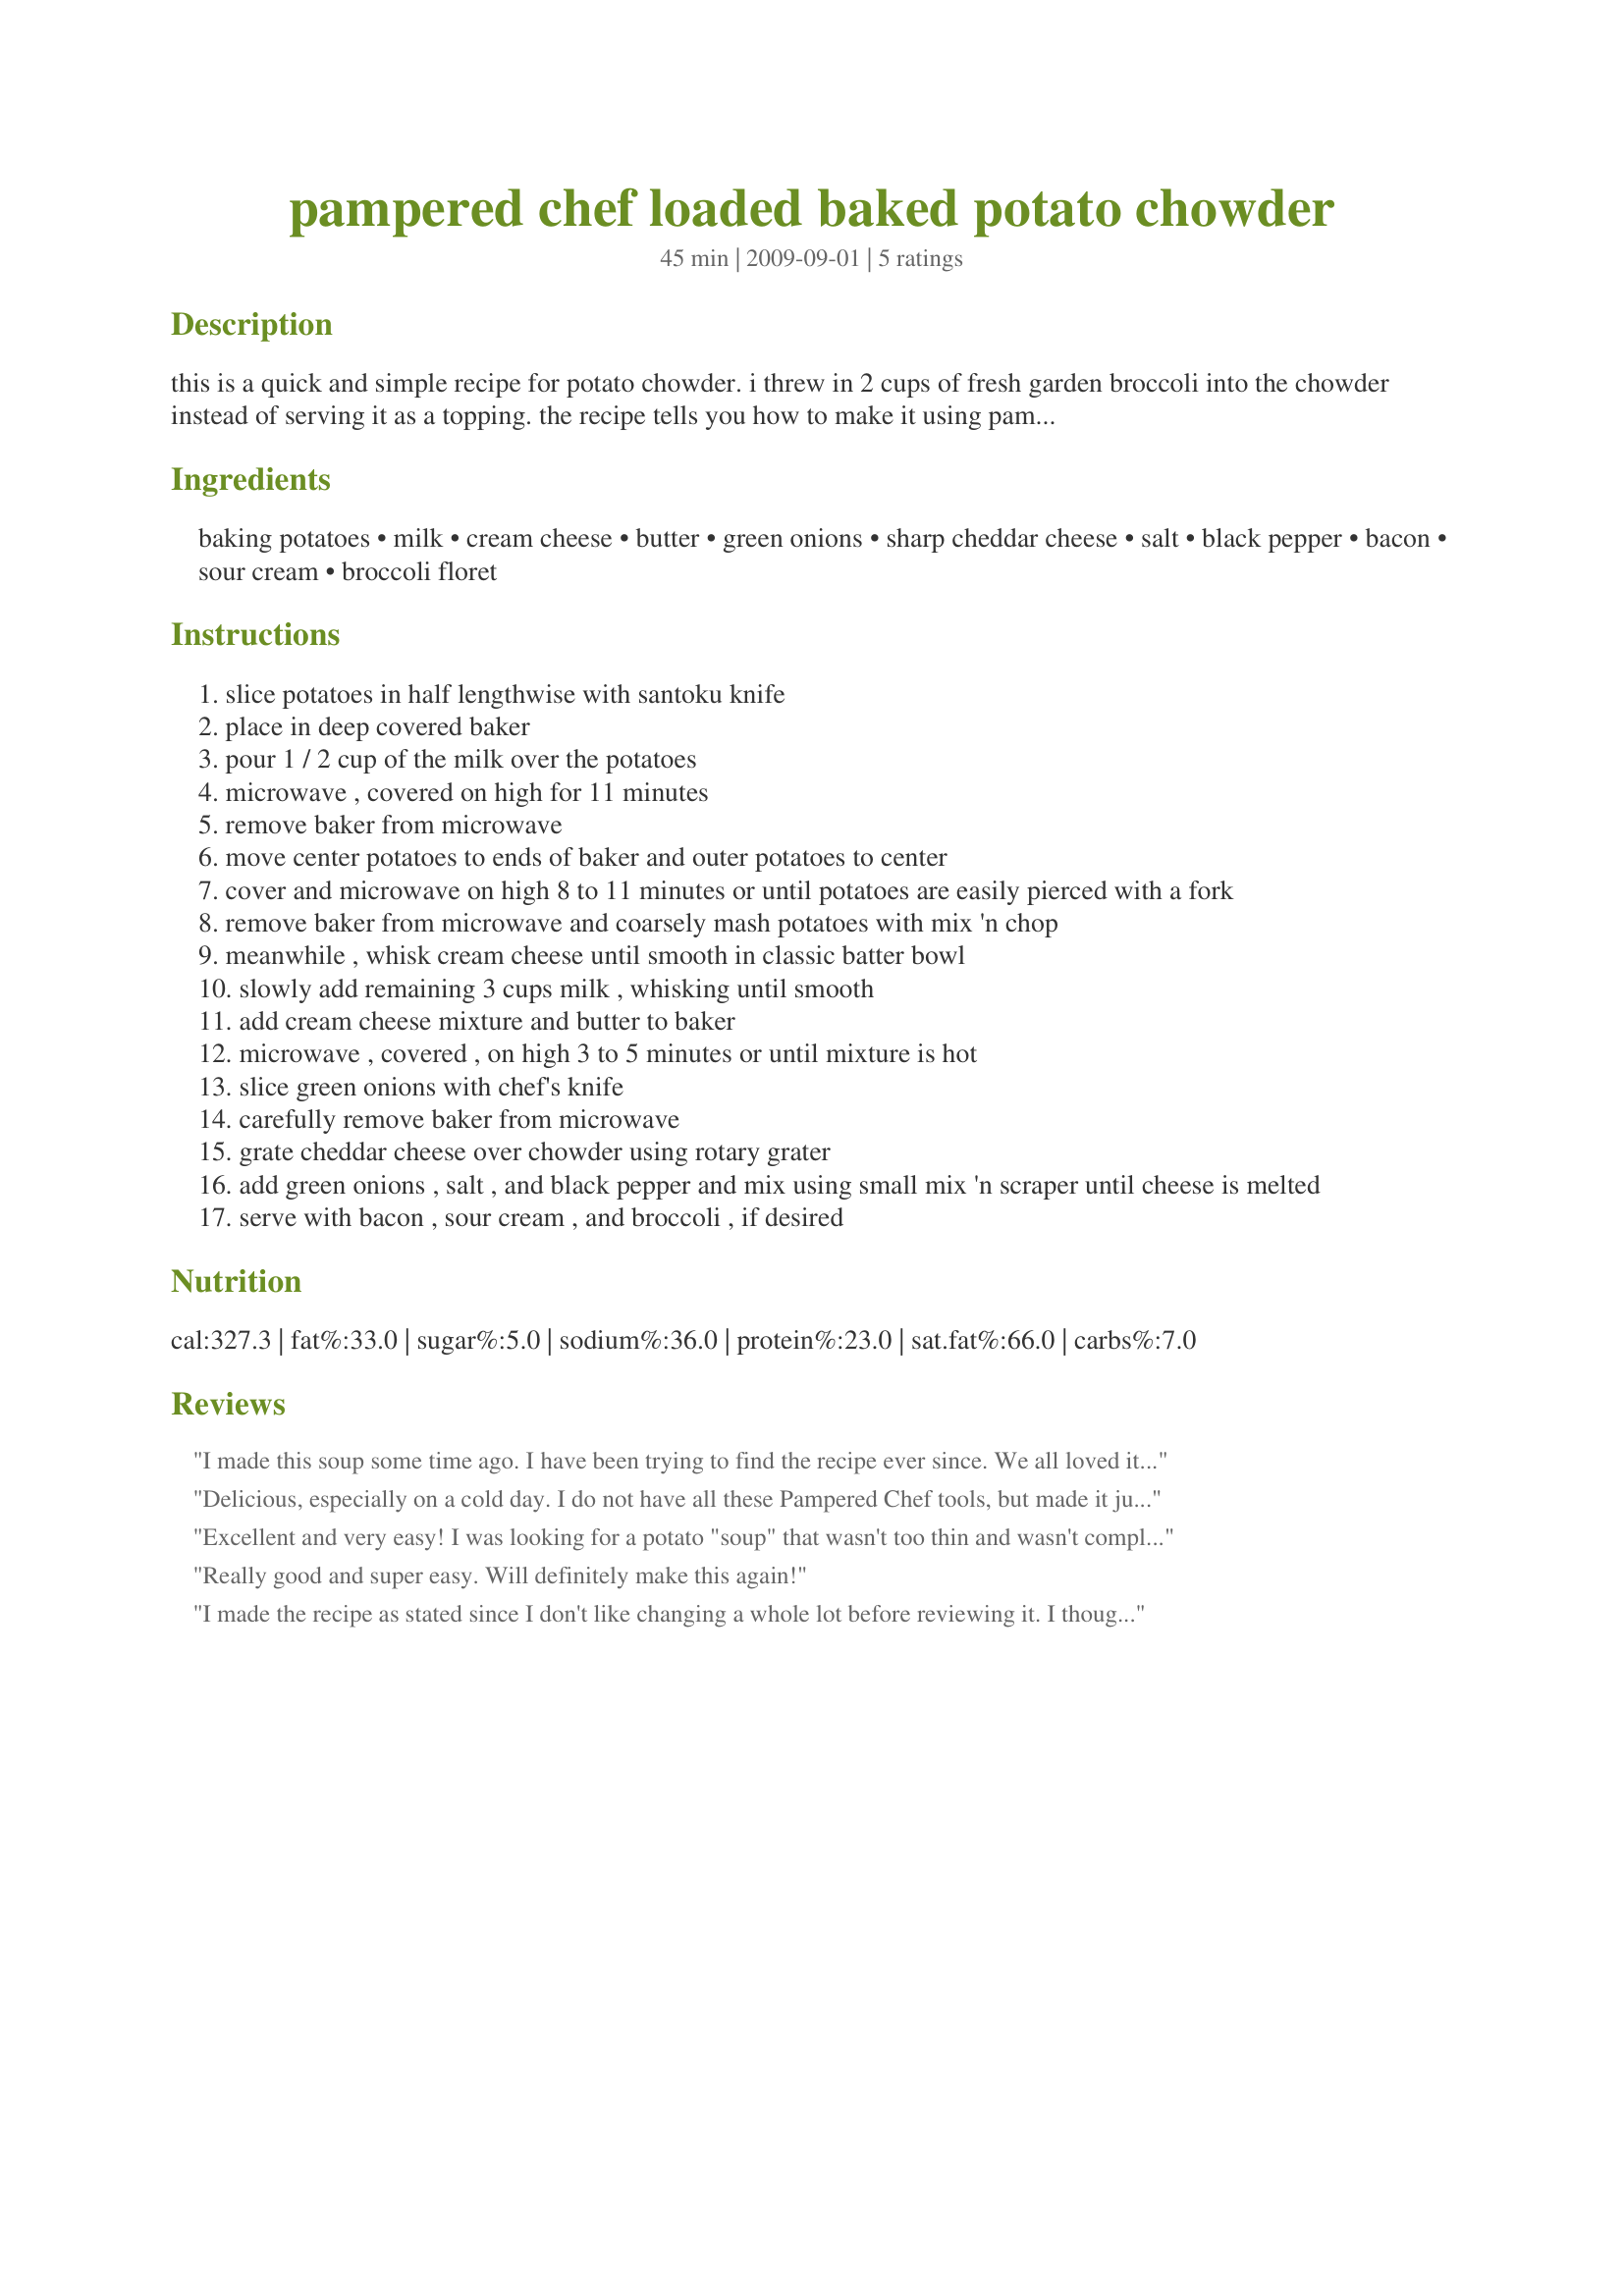
pampered chef loaded baked potato chowder
Preparation time: 45 minutes

this is a quick and simple recipe for potato chowder. i threw in 2 cups of fresh garden broccoli into the chowder instead of serving it as a topping. the recipe tells you how to make it using pampered chef products, but i boiled my potatoes on the stove and heated the cream cheese and milk mixture on the stove after combining. i didn't use the microwave. i thought it needed a little something extra for flavor, and i added regular onions, garlic, and cayenne pepper to the ingredients listed below, but you decide. i also used a handful of green onions instead of 2 or 3. if you're cooking for someone who is picky about ingredients, this is the recipe for you. recipe is posted as if you have the pampered chef kitchen gadgets, but keep in mind they're not required for this recipe.

Ingredients:
baking potatoes, milk, cream cheese, butter, green onions, sharp cheddar cheese, salt, black pepper, bacon, sour cream, broccoli floret

Steps:
slice potatoes in half lengthwise with santoku knife
place in deep covered baker
pour 1 / 2 cup of the milk over the potatoes
microwave , covered on high for 11 minutes
remove baker from microwave
move center potatoes to ends of baker and outer potatoes to center
cover and microwave on high 8 to 11 minutes or until potatoes are easily pierced with a fork
remove baker from microwave and coarsely mash potatoes with mix 'n chop
meanwhile , whisk cream cheese until smooth in classic batter bowl
slowly add remaining 3 cups milk , whisking until smooth
add cream cheese mixture and butter to baker
microwave , covered , on high 3 to 5 minutes or until mixture is hot
slice green onions with chef's knife
carefully remove baker from microwave
grate cheddar cheese over chowder using rotary grater
add green onions , salt , and black pepper and mix using small mix 'n scraper until cheese is melted
serve with bacon , sour cream , and broccoli , if desired

Reviews:
I made this soup some time ago. I have been trying to find the recipe ever since. We all loved it and it was so easy. I made it pretty much as listed. I usually add broccoli to the leftovers and eat it for lunch. That is good too
Delicious, especially on a cold day. I do not have all these Pampered Chef tools, but made it just fine by adapting it a little here and there for what I had. I baked the potatoes in the micro, then did the rest on the stove top. I also decreased the milk by about a cup as I like a thicker soup, but I'm sure it's delicious either way!
Excellent and very easy! I was looking for a potato "soup" that wasn't too thin and wasn't completely over processed cheese. I added more garlic and while I roasted the potatoes in the microwave for speediness I did finish the recipe out on the stovetop.<br/>Could have used a bit more flavor so I may add some ham next time or just plain ole broccoli to keep the sodium down.
Really good and super easy. Will definitely make this again!
I made the recipe as stated since I don't like changing a whole lot before reviewing it. I thought it tasted great. I used 3 green onions. Some cubed ham might be good - but Pampered Chef is advertising the recipe as less than $2/serving to feed your family so that would have upped the price point. I thought the consistency was fine with the milk. Microwave is way faster and tastes great!
